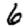
Digit: 6